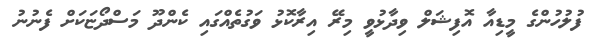
ފުލުހުންގެ މީޑިއާ އޮފިޝަލް ވިދާޅުވީ މިރޭ އިރާކޮޅު ވަގުތެއްގައި ކެންދޫ މަސްދޯޏަކަށް ފެނުނު